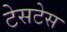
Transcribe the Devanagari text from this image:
टेसटेस